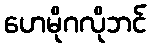
ဟေမိုဂလိုဘင်